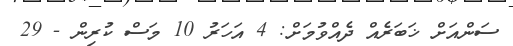
ސަންއަށް ޚަބަރެއް ދެއްވުމަށް: 4 އަހަރު 10 މަސް ކުރިން - 29